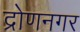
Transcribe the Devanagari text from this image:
द्रोणनगर